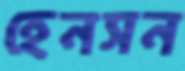
হেনসন